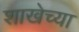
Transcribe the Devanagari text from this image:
शाखेच्‍या